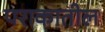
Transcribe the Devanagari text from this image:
पराकातील